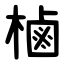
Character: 樐